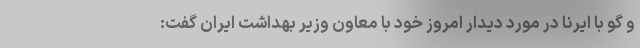
و گو با ایرنا در مورد دیدار امروز خود با معاون وزیر بهداشت ایران گفت: